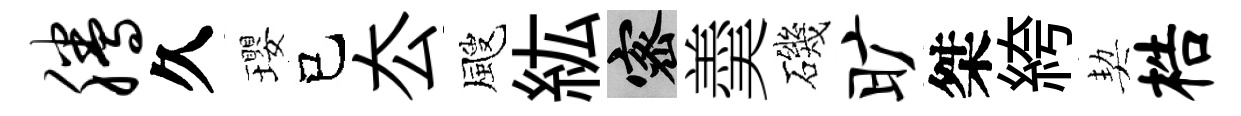
腾久瓔己厺颼紘密羮磯旷桀絝契梏